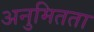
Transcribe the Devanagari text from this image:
अनुमितता